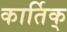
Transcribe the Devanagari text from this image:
कार्तिक्